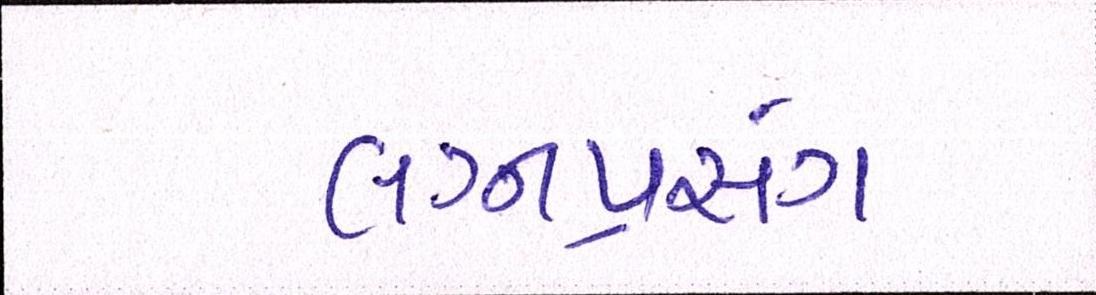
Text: લગ્નપ્રસંગ